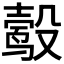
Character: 𬆮